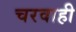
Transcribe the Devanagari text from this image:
चरवाही